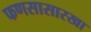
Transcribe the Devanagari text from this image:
फणसासारखा